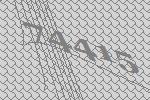
74415